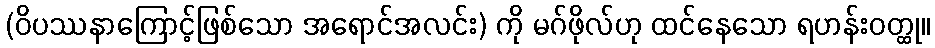
(ဝိပဿနာကြောင့်ဖြစ်သော အရောင်အလင်း) ကို မဂ်ဖိုလ်ဟု ထင်နေသော ရဟန်းဝတ္ထု။